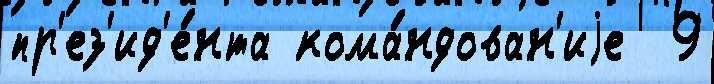
пр'ез'ид'е́нта кома́ндован'иjе  9